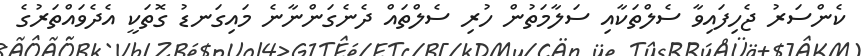
ކެންސަރު ޖެހިފައިވާ ސެލްތަކާއި ސަލާމަތުން ހުރި ސެލްތައް ދެނެގަންނާނެ މައިގަނޑު ގޮތަކީ އެދެވައްތަރުގެ